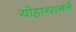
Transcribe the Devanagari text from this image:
योहान्सनने